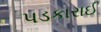
પડકારાઈ